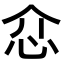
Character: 𢗊